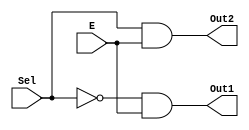
module demux_1x2(Sel, E, Out2, Out1);
  input Sel, E;
  output Out2, Out1;

  and and1(Out2, Sel, E);
  and and2(Out1, ~Sel, E);
endmodule

module TB_demux_1x2;
  reg Sel, E;
  wire Out2, Out1;

  demux_1x2 demux_1x2(Sel, E, Out2, Out1);

  initial begin
    Sel = 1'b0; E = 1'b0; #10; // Out2 = 0, Out1 = 0
    Sel = 1'b0; E = 1'b1; #10; // Out2 = 0, Out1 = 1
    Sel = 1'b1; E = 1'b0; #10; // Out2 = 0, Out1 = 0
    Sel = 1'b1; E = 1'b1; #10; // Out2 = 1, Out1 = 0
  end
endmodule